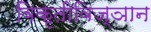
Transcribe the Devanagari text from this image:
विकृतीविज्ञान